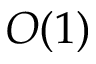
O ( 1 )